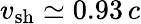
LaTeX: v_{\mathrm{sh}}\simeq 0.93\, c